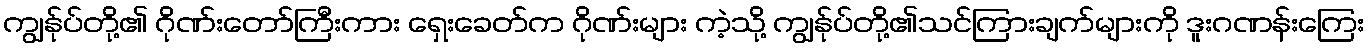
ကျွန်ုပ်တို့၏ ဂိုဏ်းတော်ကြီးကား ရှေးခေတ်က ဂိုဏ်းများ ကဲ့သို့ ကျွန်ုပ်တို့၏သင်ကြားချက်များကို ဒူးဂဏန်းကြေး